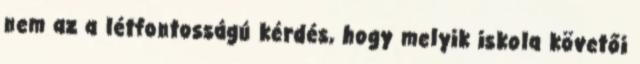
nem az a létfontosságú kérdés, hogy melyik iskola követői